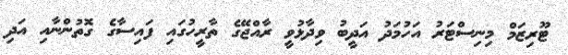
ޓޫރިޒަމް މިނިސްޓަރު އަހުމަދު އަދީބު ވިދާޅުވީ ރާއްޖޭގެ ތާރީހުގައި ފައިސާގެ ގޮތުންނާއި އަދި